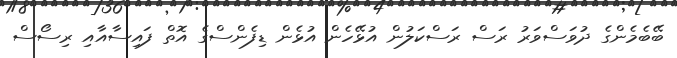
ބޭބެމެންގެ ދުވަސްވަރު ރަސް ރަސްކަލުން އުޅޭހެން އުޅެން ޑިފެންސްގެ އޮތް ފައިސާއާއި ރިސޯސް